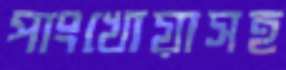
পাংখোয়াসহ